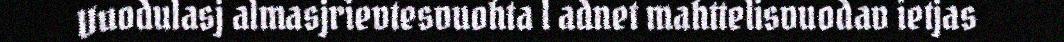
Vuodulasj almasjrievtesvuohta l adnet mahttelisvuodav ietjas